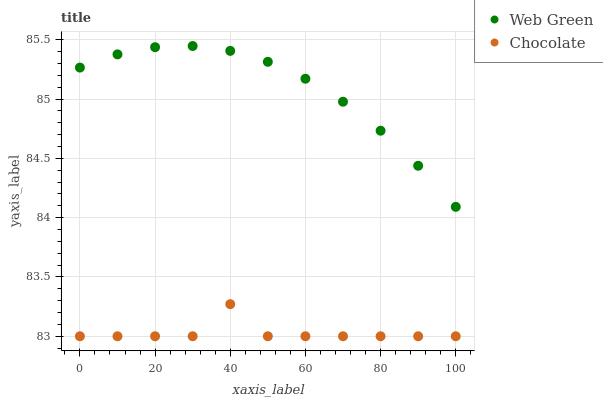
| xaxis_label | Web Green | Chocolate |
 | --- | --- | --- |
 | 0 | 85.3 | 83 |
 | 10 | 85.4 | 83 |
 | 20 | 85.4 | 83 |
 | 30 | 85.4 | 83 |
 | 40 | 85.4 | 83.3 |
 | 50 | 85.3 | 83 |
 | 60 | 85.2 | 83 |
 | 70 | 85 | 83 |
 | 80 | 84.7 | 83 |
 | 90 | 84.4 | 83 |
 | 100 | 84.1 | 83 |